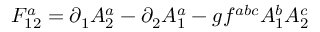
F _ { 1 2 } ^ { a } = \partial _ { 1 } A _ { 2 } ^ { a } - \partial _ { 2 } A _ { 1 } ^ { a } - g f ^ { a b c } A _ { 1 } ^ { b } A _ { 2 } ^ { c }